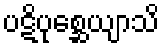
ပဋိပုစ္ဆေယျာသိ